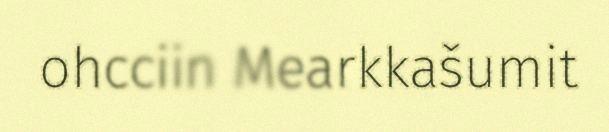
ohcciin Mearkkašumit